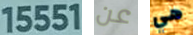
15551 عن هي